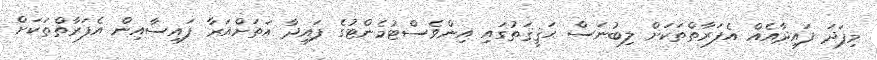
މިފަދަ ފައިދާއެއް އެފަރާތްތަކަށް ލިބުނަސް ޙަޤީޤަތުގައި އިންވެސްޓުމެންޓުގެ ފައިދާ އަތަށްއަރާ ފައިސާއިން އެފަރާތްތަކަށް